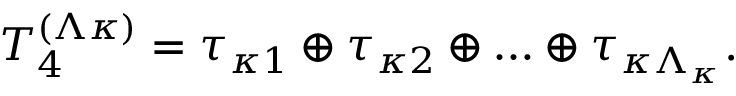
{ \cal T } _ { 4 } ^ { ( \Lambda \kappa ) } = \tau _ { \kappa 1 } \oplus \tau _ { \kappa 2 } \oplus \ldots \oplus \tau _ { \kappa \Lambda _ { \kappa } } .